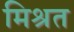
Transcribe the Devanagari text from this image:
मिश्रत